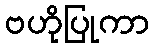
ဗဟိုပြုကာ